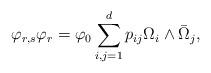
LaTeX: \begin{align*} \varphi_{r,s} \varphi_{r}=\varphi_0\sum_{i,j=1}^d p_{i j} \Omega_i \wedge \bar{\Omega}_j,\end{align*}